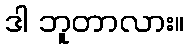
ဒါ ဘူတာလား။